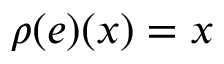
\rho ( e ) ( x ) = x